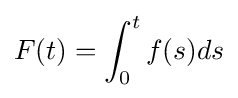
F(t)=\int _{0}^{t}f(s)ds